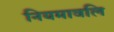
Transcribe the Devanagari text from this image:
नियमावलि